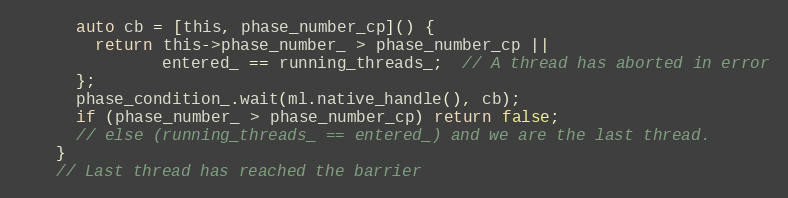
Language: C
      auto cb = [this, phase_number_cp]() {
        return this->phase_number_ > phase_number_cp ||
               entered_ == running_threads_;  // A thread has aborted in error
      };
      phase_condition_.wait(ml.native_handle(), cb);
      if (phase_number_ > phase_number_cp) return false;
      // else (running_threads_ == entered_) and we are the last thread.
    }
    // Last thread has reached the barrier